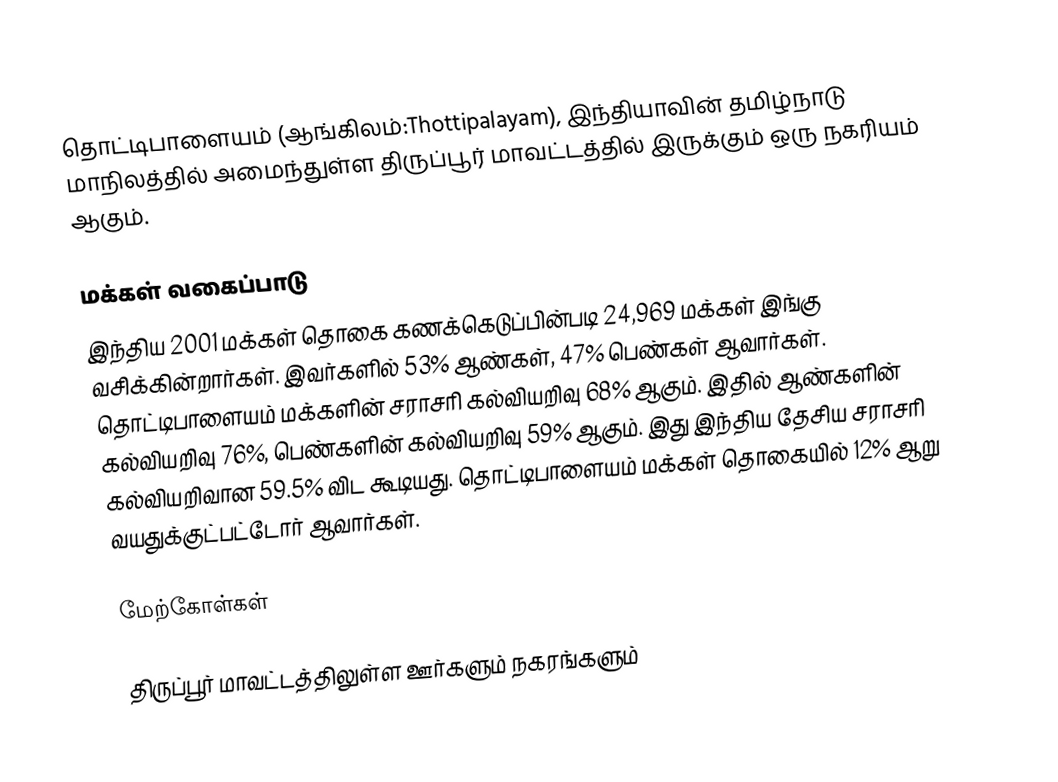
தொட்டிபாளையம் (ஆங்கிலம்:Thottipalayam), இந்தியாவின் தமிழ்நாடு மாநிலத்தில் அமைந்துள்ள திருப்பூர் மாவட்டத்தில் இருக்கும் ஒரு நகரியம் ஆகும்.

மக்கள் வகைப்பாடு
இந்திய 2001 மக்கள் தொகை கணக்கெடுப்பின்படி 24,969 மக்கள் இங்கு வசிக்கின்றார்கள். இவர்களில் 53% ஆண்கள், 47% பெண்கள் ஆவார்கள். தொட்டிபாளையம் மக்களின் சராசரி கல்வியறிவு 68% ஆகும். இதில் ஆண்களின் கல்வியறிவு 76%,  பெண்களின் கல்வியறிவு 59% ஆகும். இது இந்திய தேசிய சராசரி கல்வியறிவான 59.5% விட கூடியது. தொட்டிபாளையம் மக்கள் தொகையில் 12% ஆறு வயதுக்குட்பட்டோர் ஆவார்கள்.

மேற்கோள்கள்

திருப்பூர் மாவட்டத்திலுள்ள ஊர்களும் நகரங்களும்